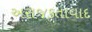
અરાજકતાવાદ